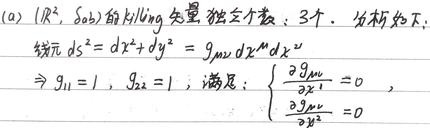
(a) \((\mathbb{R}^2, \delta_{ab})\)的Killing矢量独立个数：3个。分析如下：线元\(ds^2 = dx^2+dy^2 = g_{\mu\nu}dx^{\mu}dx^{\nu}\)，\(\Rightarrow g_{11}=1,\ g_{22}=1\)，满足：\(\begin{cases}\frac{\partial g_{\mu\nu}}{\partial x^1}=0\\\frac{\partial g_{\mu\nu}}{\partial x^2}=0\end{cases}\)